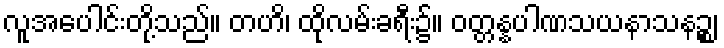
လူအပေါင်းတို့သည်။ တဟိ၊ ထိုလမ်းခရီး၌။ ဝတ္တန္နပါဏသယနာသနဉ္စ၊